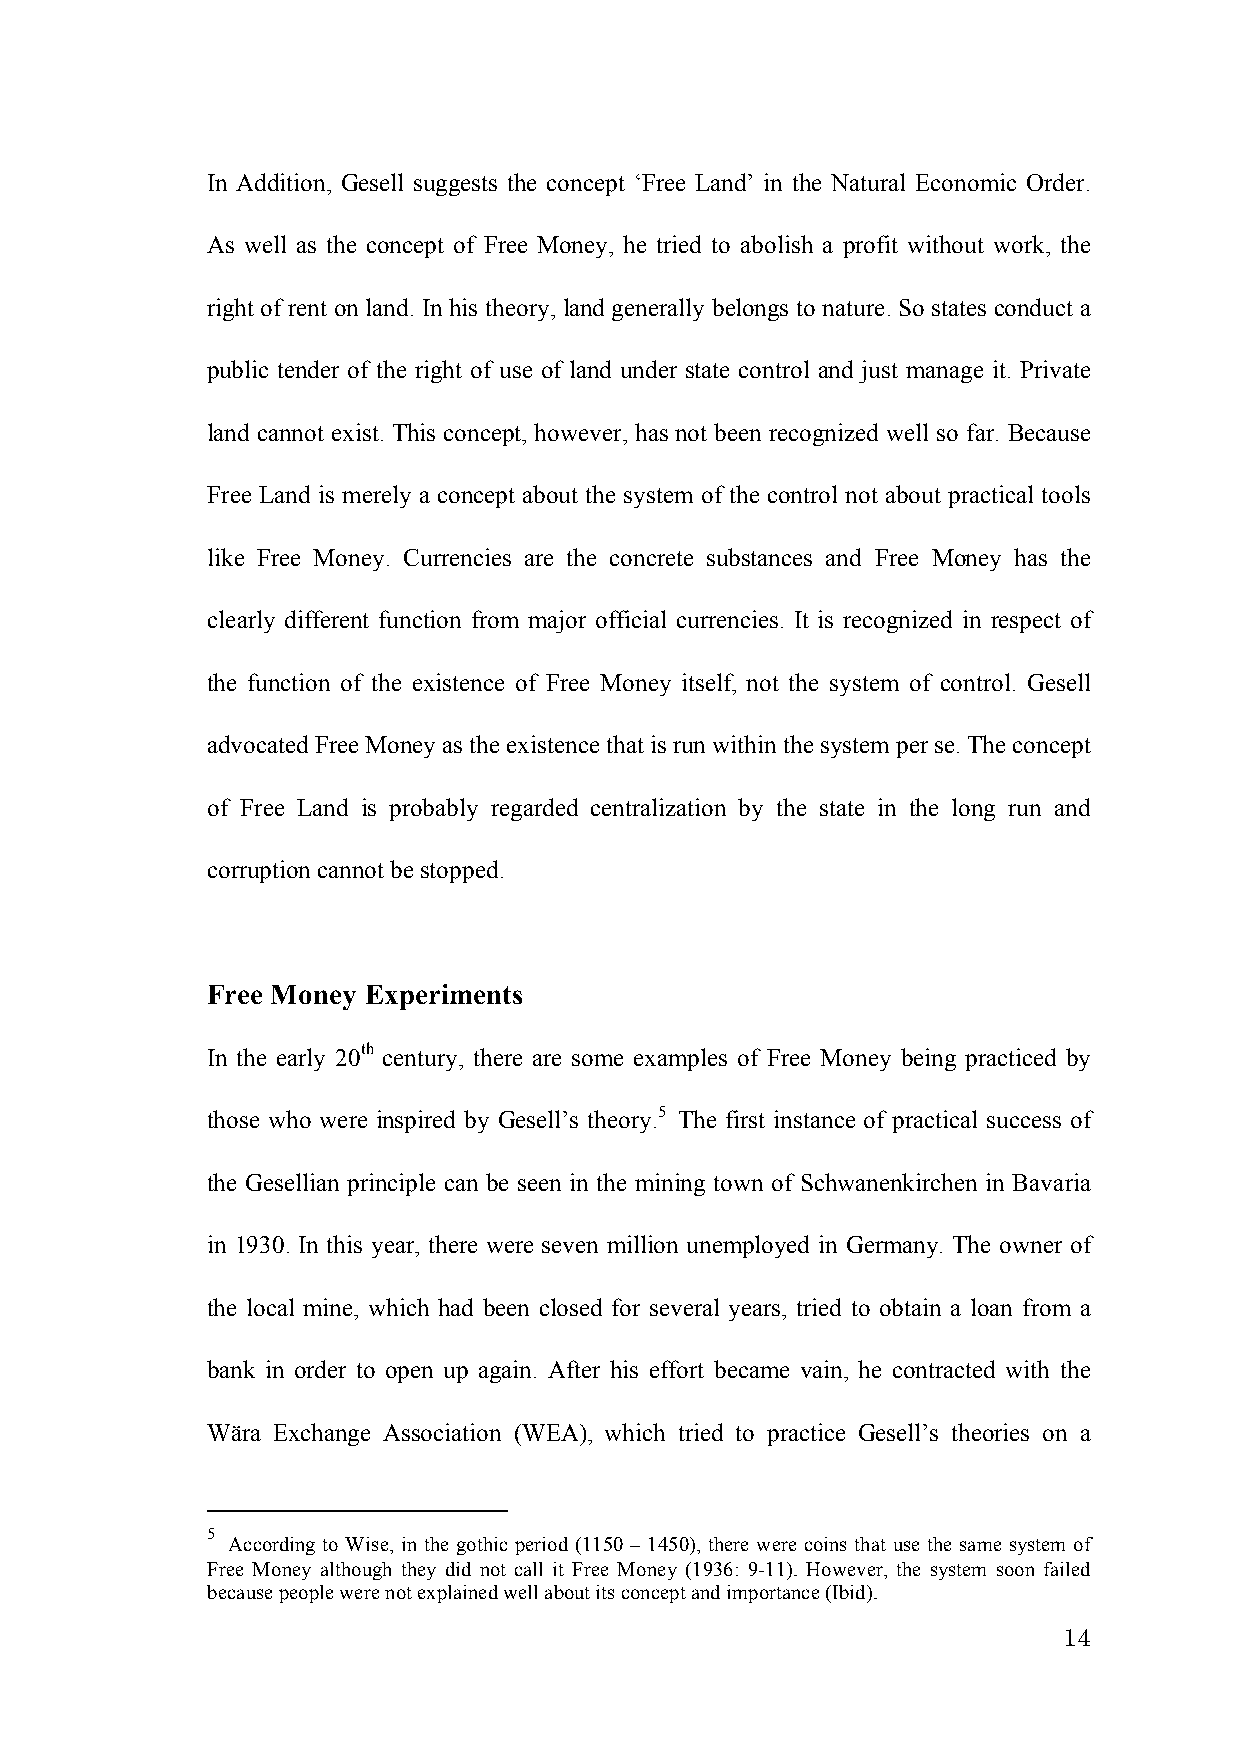
In Addition, Gesell suggests the concept ‘Free Land’ in the Natural Economic Order.
 As well as the concept of Free Money, he tried to abolish a profit without work, the
 right of rent on land. In his theory, land generally belongs to nature. So states conduct a
 public tender of the right of use of land under state control and just manage it. Private
 land cannot exist. This concept, however, has not been recognized well so far. Because
 Free Land is merely a concept about the system of the control not about practical tools
 like Free Money. Currencies are the concrete substances and Free Money has the
 clearly different function from major official currencies. It is recognized in respect of
 the function of the existence of Free Money itself, not the system of control. Gesell
 advocated Free Money as the existence that is run within the system per se. The concept
 of Free Land is probably regarded centralization by the state in the long run and
 corruption cannot be stopped.
 Free Money Experiments
 In the early 20th century, there are some examples of Free Money being practiced by
 those who were inspired by Gesell’s theory.5 The first instance of practical success of
 the Gesellian principle can be seen in the mining town of Schwanenkirchen in Bavaria
 in 1930. In this year, there were seven million unemployed in Germany. The owner of
 the local mine, which had been closed for several years, tried to obtain a loan from a
 bank in order to open up again. After his effort became vain, he contracted with the
 Wära Exchange Association (WEA), which tried to practice Gesell’s theories on a
 5
 According to Wise, in the gothic period (1150 – 1450), there were coins that use the same system of
 Free Money although they did not call it Free Money (1936: 9-11). However, the system soon failed
 because people were not explained well about its concept and importance (Ibid).
 14